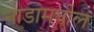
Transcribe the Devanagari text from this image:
नाडामघील